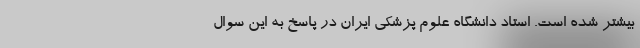
بیشتر شده است. استاد دانشگاه علوم پزشکی ایران در پاسخ به این سوال